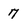
Character: 7